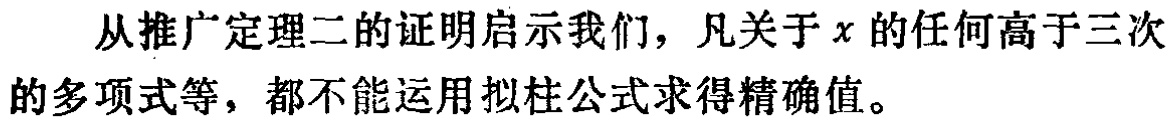
从推广定理二的证明启示我们，凡关于\(x\)的任何高于三次的多项式等，都不能运用拟柱公式求得精确值。